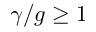
\gamma / g \geq 1